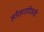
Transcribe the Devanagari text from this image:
हरिहरादिवशी